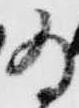
為